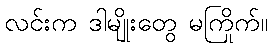
လင်းက ဒါမျိုးတွေ မကြိုက်။